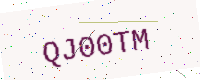
Text: QJ00TM